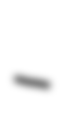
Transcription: –